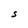
Character: S